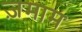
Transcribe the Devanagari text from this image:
ज़माम